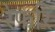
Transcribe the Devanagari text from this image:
रेफरि